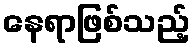
နေရာဖြစ်သည့်